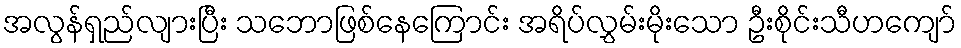
အလွန်ရှည်လျားပြီး သဘောဖြစ်နေကြောင်း အရိပ်လွှမ်းမိုးသော ဦးစိုင်းသီဟကျော်